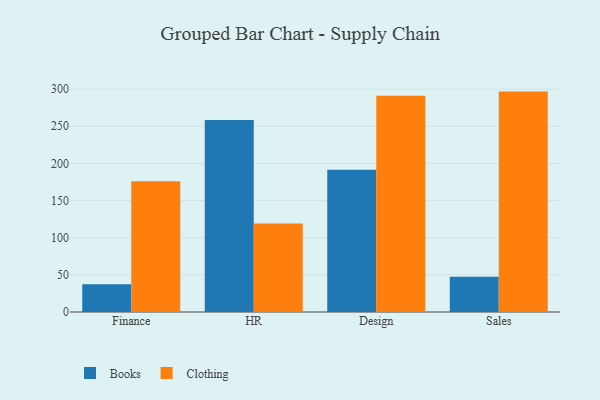
{"axis": {"x": "Department", "y": "Customer Acquisition Cost (USD)"}, "legend": ["Books", "Clothing"], "data": [{"x": "Finance", "y": 37.4, "type": "Books"}, {"x": "Finance", "y": 176.0, "type": "Clothing"}, {"x": "HR", "y": 258.5, "type": "Books"}, {"x": "HR", "y": 119.0, "type": "Clothing"}, {"x": "Design", "y": 191.5, "type": "Books"}, {"x": "Design", "y": 291.0, "type": "Clothing"}, {"x": "Sales", "y": 47.6, "type": "Books"}, {"x": "Sales", "y": 296.7, "type": "Clothing"}]}